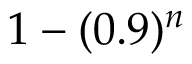
1 - ( 0 . 9 ) ^ { n }